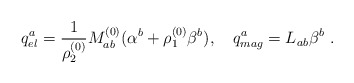
\begin{align*}q_{el}^a = {1\over \rho_2^{(0)}} M_{ab}^{(0)} (\alpha^b + \rho_1^{(0)}\beta^b), \quad q^a_{mag} = L_{ab}\beta^b ~.\end{align*}